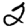
Digit: 2